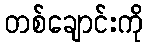
တစ်ချောင်းကို